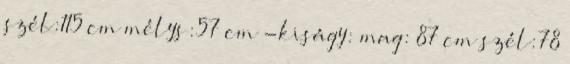
szél:115 cm mélys:57 cm -kiságy: mag: 87 cm szél:78